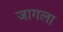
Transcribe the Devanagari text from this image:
जागला